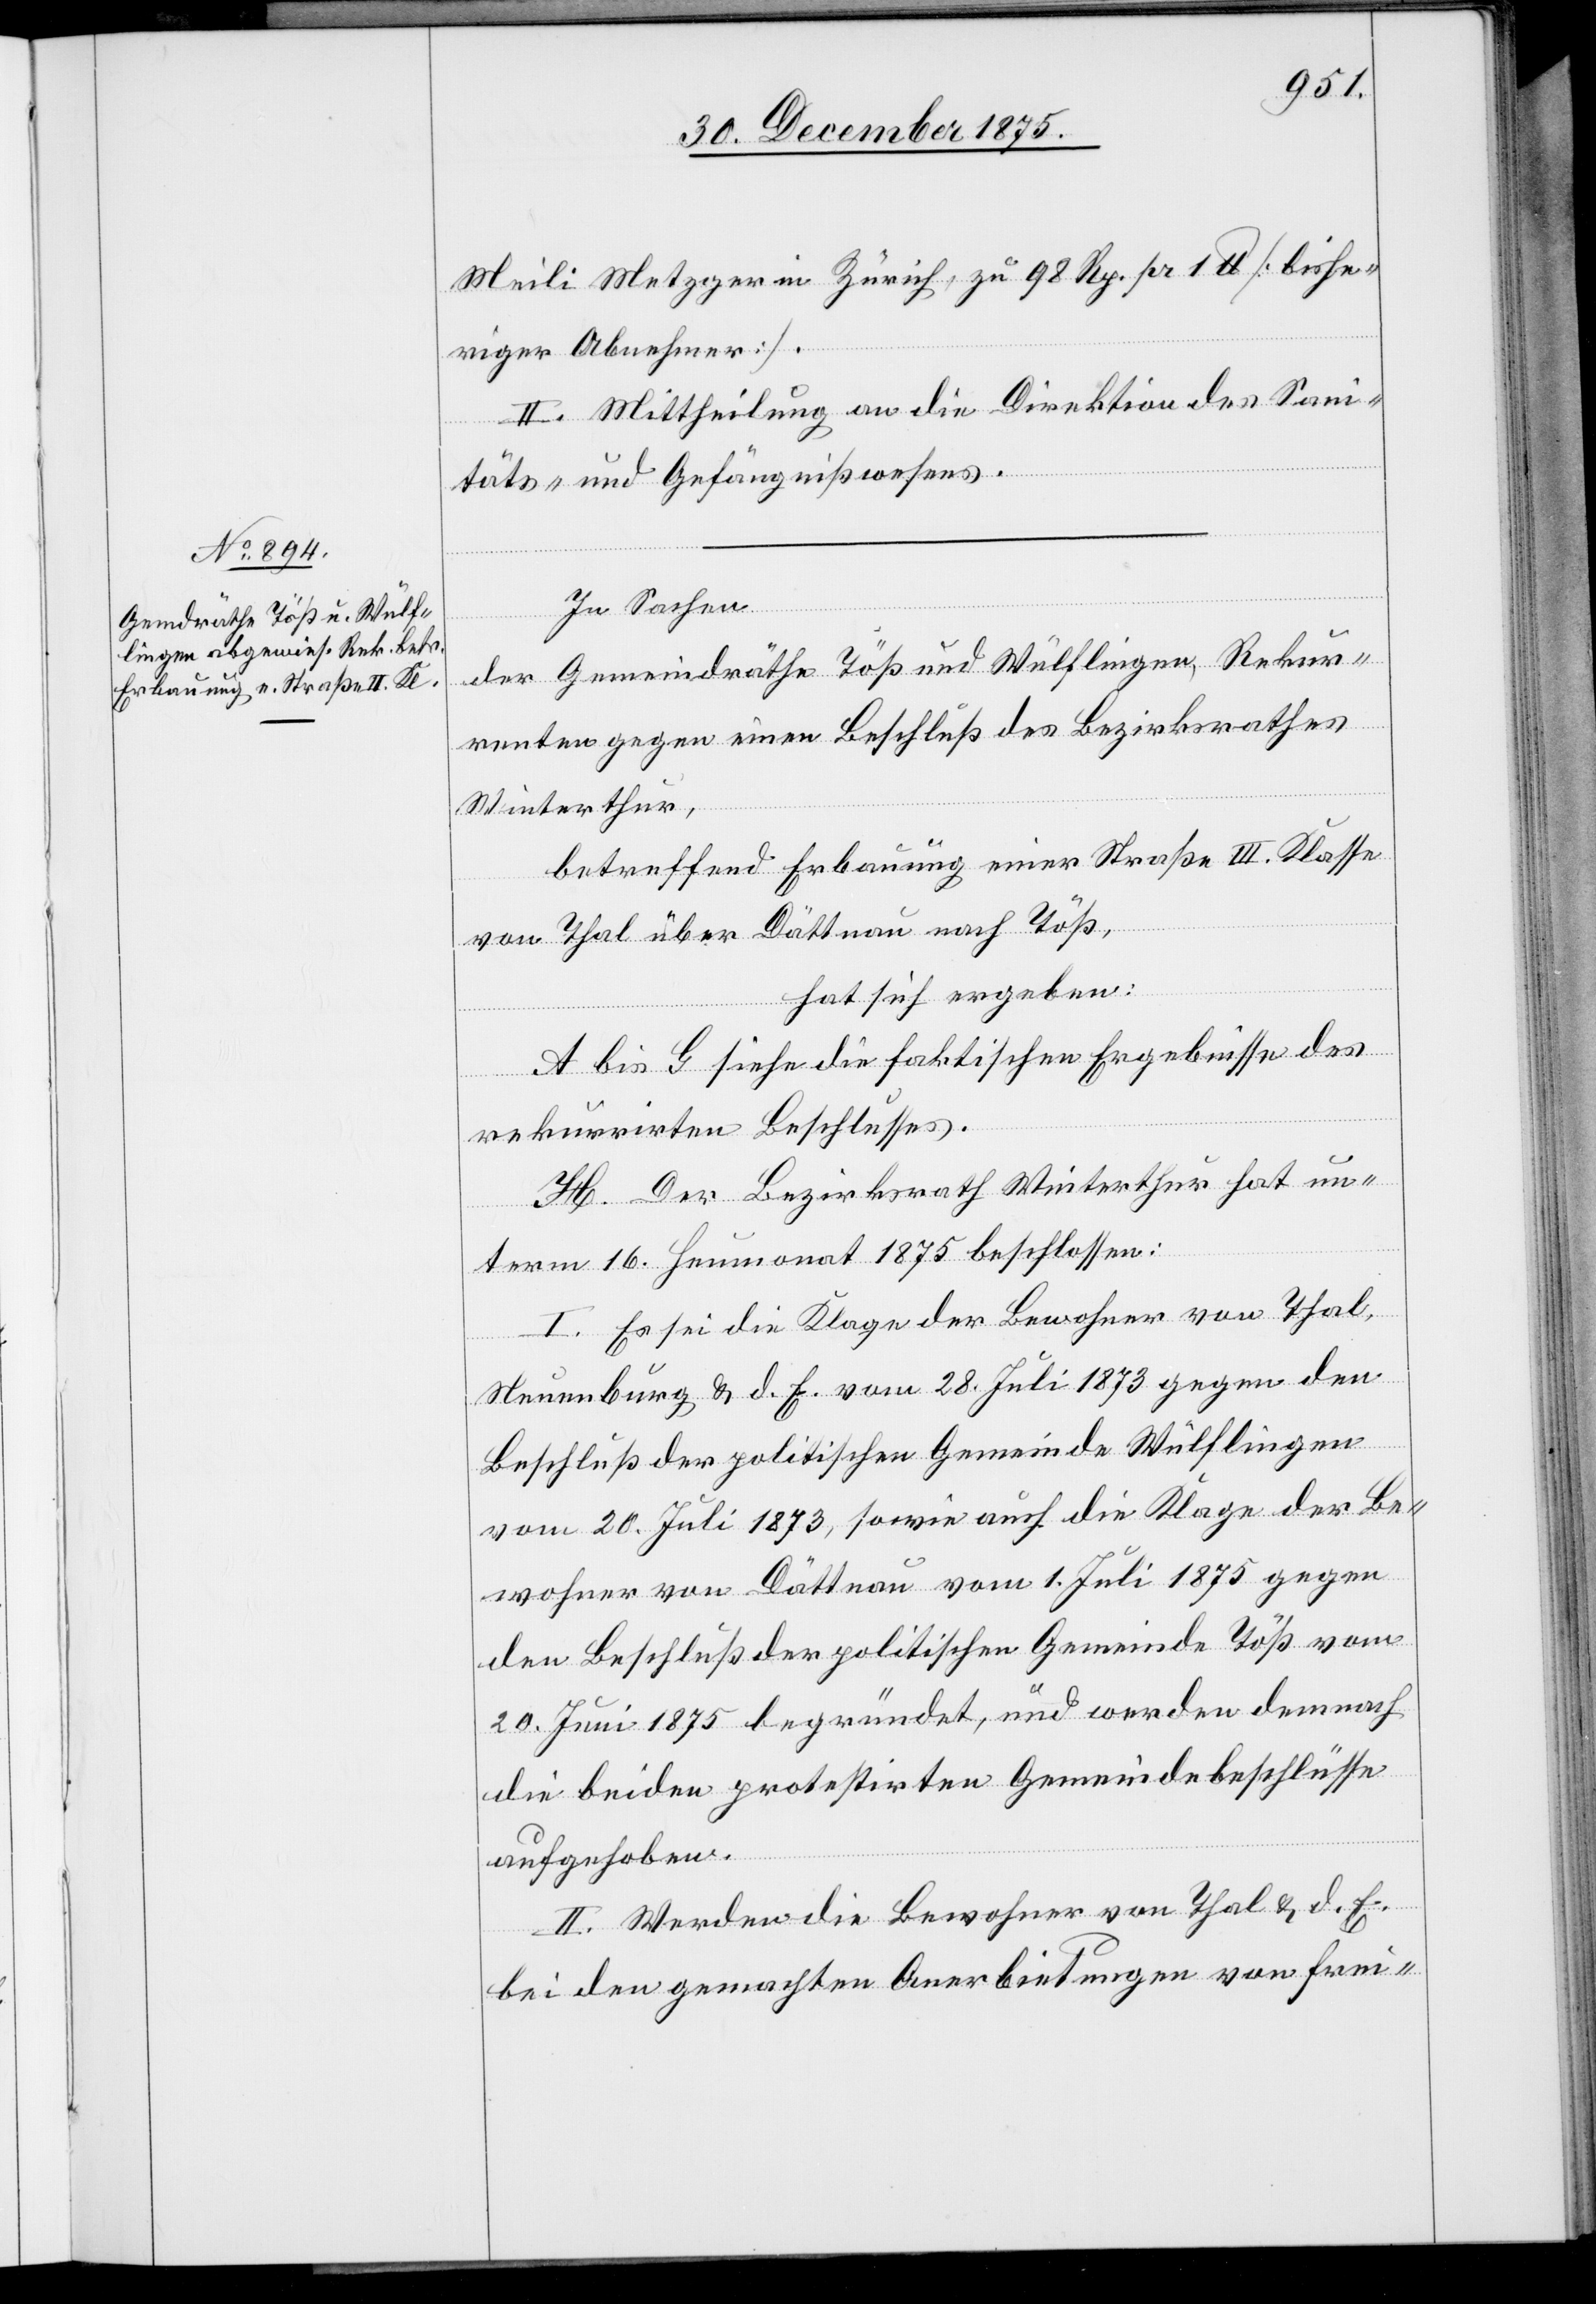
Meili Metzger in Zürich, zu 98 Rp. pr. 1 U [bishe¬
riger Abnehmer].
II. Mittheilung an die Direktion des Sani¬
täts- und Gefängnißwesens.
In Sachen
der Gemeindräthe Töß und Wülflingen, Rekur¬
renten gegen einen Beschluß des Bezirksrathes
Winterthur,
betreffend Erbauung einer Straße III. Klasse
von Thal über Dättnau nach Töß,
hat sich ergeben:
A bis G siehe die faktischen Ergebnisse des
rekurrirten Beschlusses.
H. Der Bezirksrath Winterthur hat un¬
term 16. Heumonat 1875 beschlossen:
I. Es sei die Klage der Bewohner von Thal,
Neuenburg & d. E. vom 28. Juli 1873 gegen den
Beschluß der politischen Gemeinde Wülflingen
vom 20. Juli 1873, sowie auch die Klage der Be¬
wohner von Dättnau vom 1. Juli 1875 gegen
den Beschluß der politischen Gemeinde Töß vom
20. Juni 1875 begründet, und werden demnach
die beiden protestirten Gemeindebeschlüsse
aufgehoben.
II. Werden die Bewohner von Thal & d. E.
bei den gemachten Anerbietungen von frei-